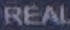
REAL